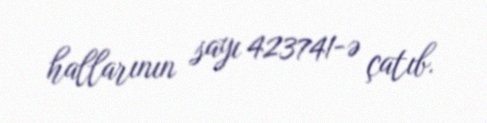
hallarının sayı 423741-ə çatıb.